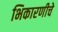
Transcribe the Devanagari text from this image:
भिकारणीचे